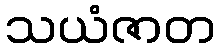
သယံဇာတ